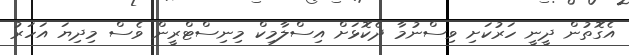
އެގޮތުން ދީނީ ހަރުކަށި ވިސްނުމާ ދެކޮޅަށް އިސްލާމިކް މިނިސްޓްރީން ވެސް މިދިޔަ އަހަރު